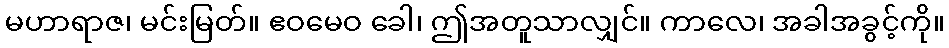
မဟာရာဇ၊ မင်းမြတ်။ ဧဝမေဝ ခေါ၊ ဤအတူသာလျှင်။ ကာလေ၊ အခါအခွင့်ကို။